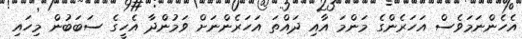
އެހެންނަމަވެސް އަހަރެންގެ މަންމަ އާއި ދައްތަ އަހަރެންނަށް ވަމުންދާ އެހީގެ ސަބަބުން މިހައި